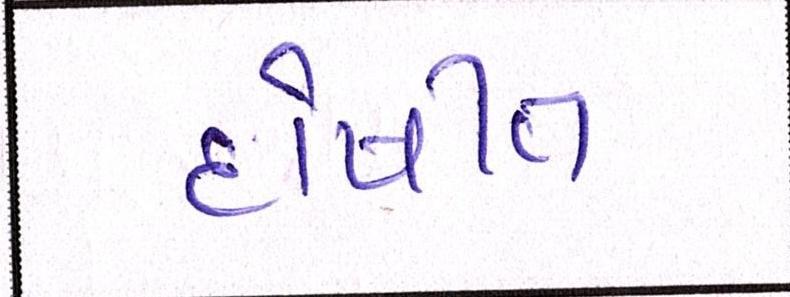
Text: દોષીત